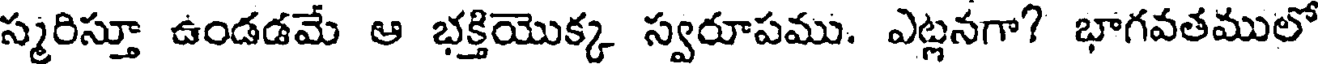
స్మరిస్తూ ఉండడమే ఆ భక్తియొక్క స్వరూపము. ఎట్లనగా? భాగవతములో